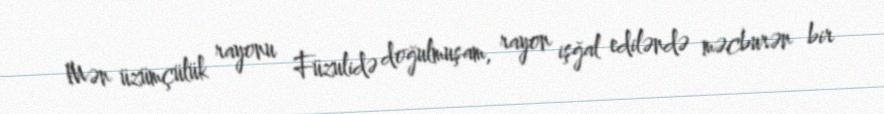
Mən üzümçülük rayonu Füzulidə doğulmuşam, rayon işğal ediləndə məcburən bir